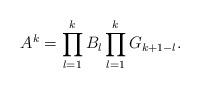
LaTeX: \begin{align*} A^{k}=\prod^{k}_{l=1}B_{l}\prod^{k}_{l=1}G_{k+1-l}.\end{align*}